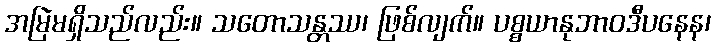
အမြဲမရှိသည်လည်း။ သတောသန္တဿ၊ ဖြစ်လျက်။ ပစ္စယာနုဘာဝဒီပနေန၊